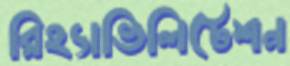
রিহ্যাভিলিটেশন